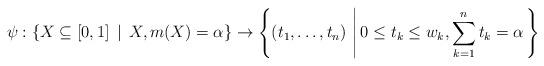
LaTeX: \begin{align*}\psi :\{X \subseteq [0,1] \, \mid \, X , m(X) = \alpha\} \to \left\{(t_1, \ldots, t_n) \, \left| \, 0 \leq t_k \leq w_k, \sum^n_{k=1} t_k = \alpha \right. \right\}\end{align*}